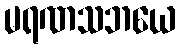
မရဏသဘယေ